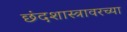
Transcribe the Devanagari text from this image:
छंदशास्त्रावरच्या